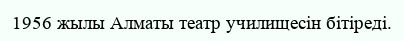
1956 жылы Алматы театр училищесін бітіреді.